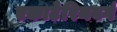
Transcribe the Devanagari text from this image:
एकाटेरिनवर्ग